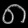
Digit: ၈